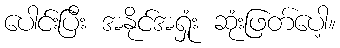
ပေါင်းပြီး အနိုင်အရှုံး ဆုံးဖြတ်ပေါ့။